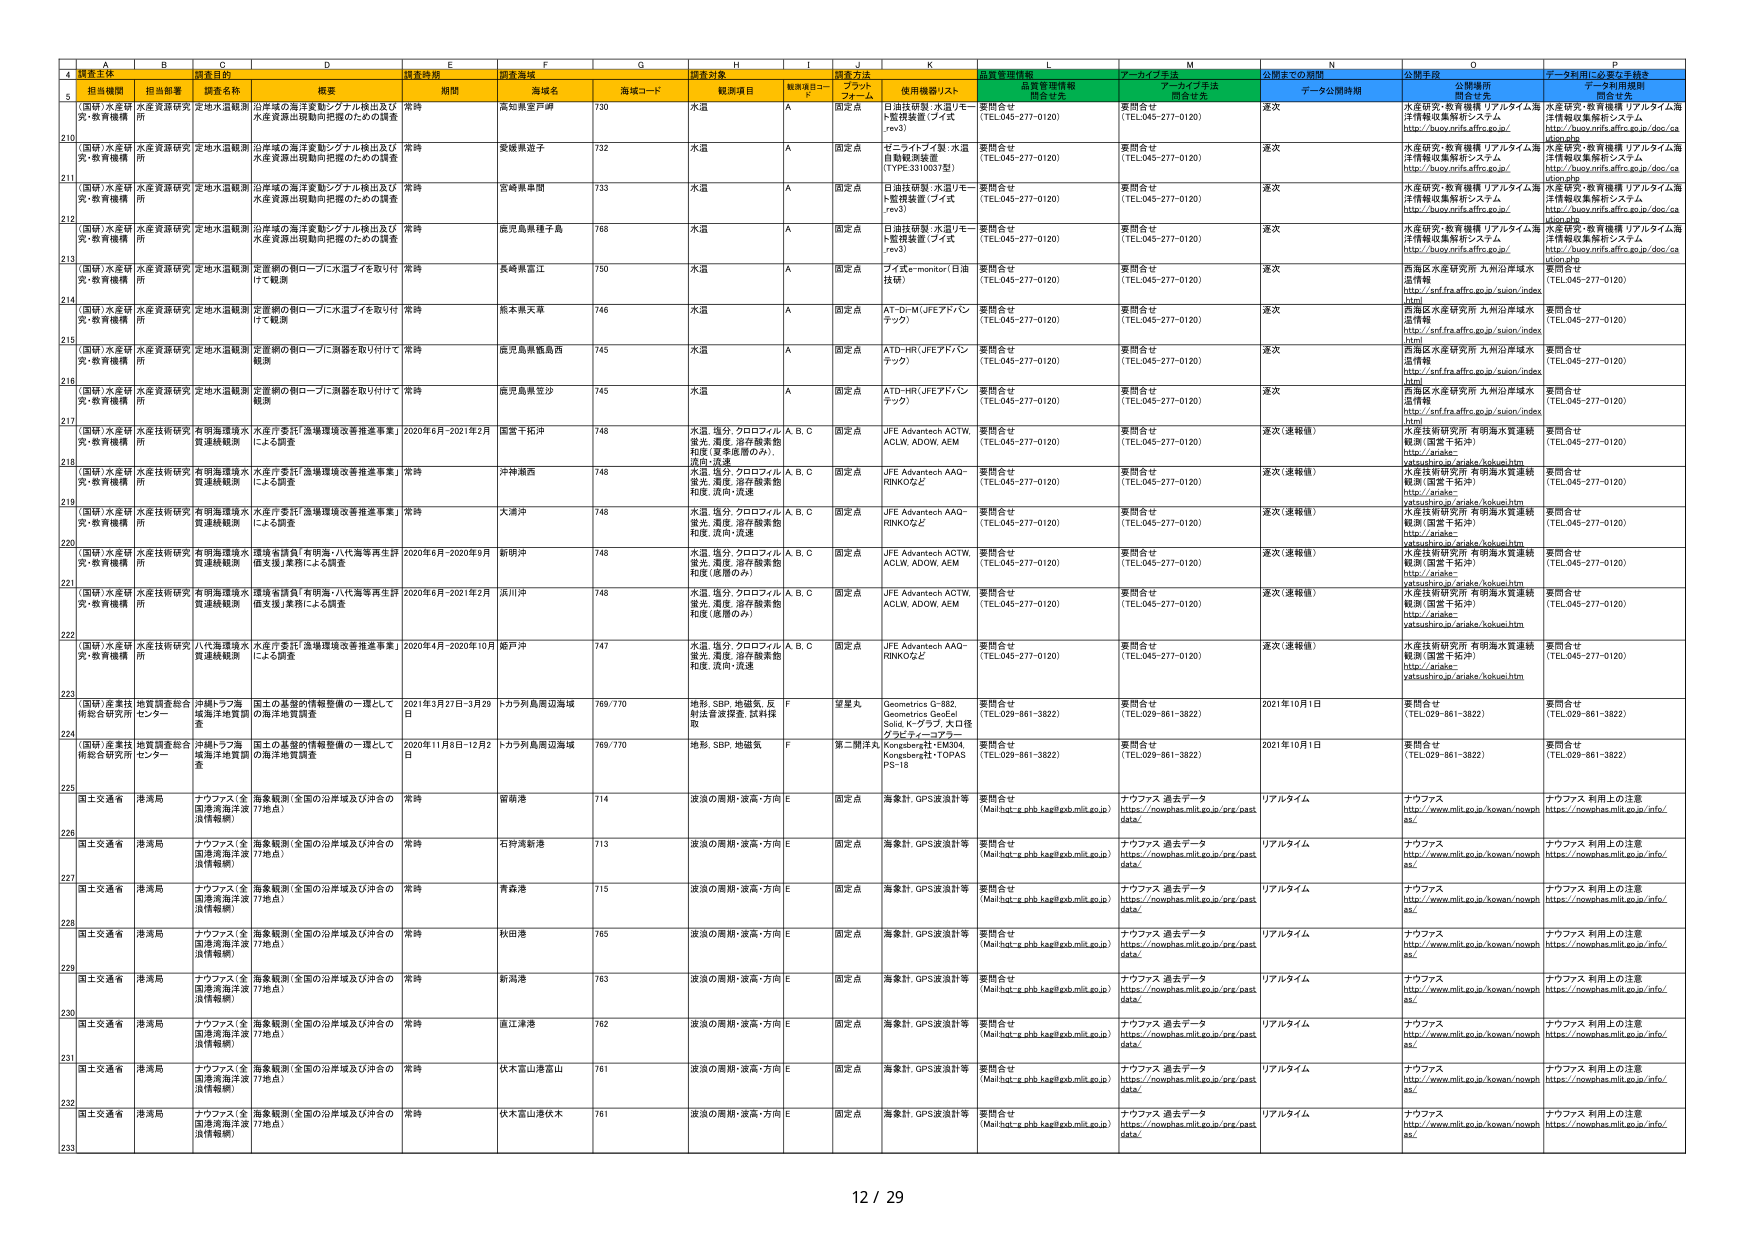
A
B
C
D
E
F
G
H
I
J
K
L
M
N
O
P
4
調査主体
調査目的
調査時期
調査海域
調査対象
調査方法
品質管理情報
アーカイブ手法
公開までの期間
公開手段
データ利用に必要な手続き
5
担当機関
担当部署
調査名称
概要
期間
海域名
海域コード
観測項目
観測項目コード
プラットフォーム
使用機器/リスト
品質管理情報関係者先
アーカイブ手法関係者先
データ公開時期
公開場所
データ利用規程関係者先
210
(国研)水産研
究・教育機構
水産資源研究所
定地水温観測
沿岸域の海洋変動シグナル検出及び水産資源出現動向把握のための調査
常時
高知県室戸岬
730
水温
A
固定点
日進技研製・水温リモート監視装置（ブイ式rev3）
要問合せ（TEL045-277-0120）
要問合せ（TEL045-277-0120）
逐次
水産研究・教育機構リアルタイム海洋情報収集解析システムhttp://buoy.nrfis.affrc.go.jp/
水産研究・教育機構リアルタイム海洋情報収集解析システムhttp://buoy.nrfis.affrc.go.jp/doc/sea tion.php
211
(国研)水産研
究・教育機構
水産資源研究所
定地水温観測
沿岸域の海洋変動シグナル検出及び水産資源出現動向把握のための調査
常時
愛媛県道予
732
水温
A
固定点
ゼーライフリ製・水温自動観測装置（TYPE:3310037型）
要問合せ（TEL045-277-0120）
要問合せ（TEL045-277-0120）
逐次
水産研究・教育機構リアルタイム海洋情報収集解析システムhttp://buoy.nrfis.affrc.go.jp/
水産研究・教育機構リアルタイム海洋情報収集解析システムhttp://buoy.nrfis.affrc.go.jp/doc/sea tion.php
212
(国研)水産研
究・教育機構
水産資源研究所
定地水温観測
沿岸域の海洋変動シグナル検出及び水産資源出現動向把握のための調査
常時
宮崎県串間
733
水温
A
固定点
日進技研製・水温リモート監視装置（ブイ式rev3）
要問合せ（TEL045-277-0120）
要問合せ（TEL045-277-0120）
逐次
水産研究・教育機構リアルタイム海洋情報収集解析システムhttp://buoy.nrfis.affrc.go.jp/
水産研究・教育機構リアルタイム海洋情報収集解析システムhttp://buoy.nrfis.affrc.go.jp/doc/sea tion.php
213
(国研)水産研
究・教育機構
水産資源研究所
定地水温観測
沿岸域の海洋変動シグナル検出及び水産資源出現動向把握のための調査
常時
鹿児島県種子島
768
水温
A
固定点
日進技研製・水温リモート監視装置（ブイ式rev3）
要問合せ（TEL045-277-0120）
要問合せ（TEL045-277-0120）
逐次
水産研究・教育機構リアルタイム海洋情報収集解析システムhttp://buoy.nrfis.affrc.go.jp/
水産研究・教育機構リアルタイム海洋情報収集解析システムhttp://buoy.nrfis.affrc.go.jp/doc/sea tion.php
214
(国研)水産研
究・教育機構
水産資源研究所
定地水温観測
定置網の朝ロープに水温ブイを取り付けて観測
常時
長崎県雲江
750
水温
A
固定点
ブイ式e-monitor（日油技研）
要問合せ（TEL045-277-0120）
要問合せ（TEL045-277-0120）
逐次
西海区水産研究所九州沿岸域水温情報http://snf.fra.affrc.go.jp/suion/index.html
要問合せ（TEL045-277-0120）
215
(国研)水産研
究・教育機構
水産資源研究所
定地水温観測
定置網の朝ロープに水温ブイを取り付けて観測
常時
熊本県天草
746
水温
A
固定点
AT-DI-M(JFEアドバンテック)
要問合せ（TEL045-277-0120）
要問合せ（TEL045-277-0120）
逐次
西海区水産研究所九州沿岸域水温情報http://snf.fra.affrc.go.jp/suion/index.html
要問合せ（TEL045-277-0120）
216
(国研)水産研
究・教育機構
水産資源研究所
定地水温観測
定置網の朝ロープに測器を取り付けて観測
常時
鹿児島県甑島西
745
水温
A
固定点
ATD-HR(JFEアドバンテック)
要問合せ（TEL045-277-0120）
要問合せ（TEL045-277-0120）
逐次
西海区水産研究所九州沿岸域水温情報http://snf.fra.affrc.go.jp/suion/index.html
要問合せ（TEL045-277-0120）
217
(国研)水産研
究・教育機構
水産資源研究所
定地水温観測
定置網の朝ロープに測器を取り付けて観測
常時
鹿児島県鹿児沙
745
水温
A
固定点
ATD-HR(JFEアドバンテック)
要問合せ（TEL045-277-0120）
要問合せ（TEL045-277-0120）
逐次
西海区水産研究所九州沿岸域水温情報http://snf.fra.affrc.go.jp/suion/index.html
要問合せ（TEL045-277-0120）
218
(国研)水産研
究・教育機構
水産技術研究所
有明海環境水質連続観測
水産庁委託「漁場環境改善推進事業」による調査
2020年6月-2021年2月
国富千松沖
748
水温、塩分、クロロフィル蛍光、濁度、溶存酸素飽和度（夏季底層のみ）、流速・流向
A、B、C
固定点
JFE Advantech ACTW、ACLV、ADOW、AEM
要問合せ（TEL045-277-0120）
要問合せ（TEL045-277-0120）
逐次（速報値）
水産技術研究所有明海水質連続観測（国富千松沖）http://ariake-yatsushiro.jp/ariake/kokuei.htm
要問合せ（TEL045-277-0120）
219
(国研)水産研
究・教育機構
水産技術研究所
有明海環境水質連続観測
水産庁委託「漁場環境改善推進事業」による調査
常時
沖津瀬西
748
水温、塩分、クロロフィル蛍光、濁度、溶存酸素飽和度、流向・流速
A、B、C
固定点
JFE Advantech AAO-RINKOなど
要問合せ（TEL045-277-0120）
要問合せ（TEL045-277-0120）
逐次（速報値）
水産技術研究所有明海水質連続観測（国富千松沖）http://ariake-yatsushiro.jp/ariake/kokuei.htm
要問合せ（TEL045-277-0120）
220
(国研)水産研
究・教育機構
水産技術研究所
有明海環境水質連続観測
水産庁委託「漁場環境改善推進事業」による調査
常時
大浦沖
748
水温、塩分、クロロフィル蛍光、濁度、溶存酸素飽和度、流向・流速
A、B、C
固定点
JFE Advantech AAO-RINKOなど
要問合せ（TEL045-277-0120）
要問合せ（TEL045-277-0120）
逐次（速報値）
水産技術研究所有明海水質連続観測（国富千松沖）http://ariake-yatsushiro.jp/ariake/kokuei.htm
要問合せ（TEL045-277-0120）
221
(国研)水産研
究・教育機構
水産技術研究所
有明海環境水質連続観測
環境省負担「有明海・八代海等再生評価支援」業務による調査
2020年6月-2020年9月
新明沖
748
水温、塩分、クロロフィル蛍光、濁度、溶存酸素飽和度（底層のみ）
A、B、C
固定点
JFE Advantech ACTW、ACLV、ADOW、AEM
要問合せ（TEL045-277-0120）
要問合せ（TEL045-277-0120）
逐次（速報値）
水産技術研究所有明海水質連続観測（国富千松沖）http://ariake-yatsushiro.jp/ariake/kokuei.htm
要問合せ（TEL045-277-0120）
222
(国研)水産研
究・教育機構
水産技術研究所
有明海環境水質連続観測
環境省負担「有明海・八代海等再生評価支援」業務による調査
2020年6月-2021年2月
渕川沖
748
水温、塩分、クロロフィル蛍光、濁度、溶存酸素飽和度（底層のみ）
A、B、C
固定点
JFE Advantech ACTW、ACLV、ADOW、AEM
要問合せ（TEL045-277-0120）
要問合せ（TEL045-277-0120）
逐次（速報値）
水産技術研究所有明海水質連続観測（国富千松沖）http://ariake-yatsushiro.jp/ariake/kokuei.htm
要問合せ（TEL045-277-0120）
223
(国研)水産研
究・教育機構
水産技術研究所
八代海環境水質連続観測
水産庁委託「漁場環境改善推進事業」による調査
2020年4月-2020年10月
姫戸沖
747
水温、塩分、クロロフィル蛍光、濁度、溶存酸素飽和度、流向・流速
A、B、C
固定点
JFE Advantech AAO-RINKOなど
要問合せ（TEL045-277-0120）
要問合せ（TEL045-277-0120）
逐次（速報値）
水産技術研究所有明海水質連続観測（国富千松沖）http://ariake-yatsushiro.jp/ariake/kokuei.htm
要問合せ（TEL045-277-0120）
224
(国研)産業技
術総合研究所
地質調査総合センター
沖縄トラフ海
域海洋地質調査
国土の基盤的情報整備の一環として海洋地質調査
2021年3月27日-3月29日
トラフ列島周辺海域
769/770
地形、SBP、地磁気、反射法音波探査、試料採取
F
望星丸
Geometrics G-882、Geometrics Geo-Ec Solid、K-グラフ、大口径クランプ・コアラー
要問合せ（TEL029-861-3822）
要問合せ（TEL029-861-3822）
2021年10月1日
要問合せ（TEL029-861-3822）
要問合せ（TEL029-861-3822）
225
(国研)産業技
術総合研究所
地質調査総合センター
沖縄トラフ海
域海洋地質調査
国土の基盤的情報整備の一環として海洋地質調査
2020年11月8日-12月2日
トラフ列島周辺海域
769/770
地形、SBP、地磁気
F
第二開洋丸
Kongsberg社EM304、Kongsberg社-TOPAS PS-18
要問合せ（TEL029-861-3822）
要問合せ（TEL029-861-3822）
2021年10月1日
要問合せ（TEL029-861-3822）
要問合せ（TEL029-861-3822）
226
国土交通省
港湾局
ナウファス（全国港湾海洋波浪情報網）
海象観測（全国の沿岸域及び沖合の17地点）
常時
曽崎港
714
波浪の周期・波高・方向
E
固定点
海象計、GPS波浪計等
要問合せ（Mail:hot-e.phb.kagf@gob.mlit.go.jp）
ナウファス過去データhttps://nowphas.mlit.go.jp/pra/pastdata/
リアルタイム
ナウファスhttp://www.mlit.go.jp/kowan/nowphas/
ナウファス利用上の注意https://nowphas.mlit.go.jp/info/
227
国土交通省
港湾局
ナウファス（全国港湾海洋波浪情報網）
海象観測（全国の沿岸域及び沖合の17地点）
常時
石狩湾新港
713
波浪の周期・波高・方向
E
固定点
海象計、GPS波浪計等
要問合せ（Mail:hot-e.phb.kagf@gob.mlit.go.jp）
ナウファス過去データhttps://nowphas.mlit.go.jp/pra/pastdata/
リアルタイム
ナウファスhttp://www.mlit.go.jp/kowan/nowphas/
ナウファス利用上の注意https://nowphas.mlit.go.jp/info/
228
国土交通省
港湾局
ナウファス（全国港湾海洋波浪情報網）
海象観測（全国の沿岸域及び沖合の17地点）
常時
青森港
715
波浪の周期・波高・方向
E
固定点
海象計、GPS波浪計等
要問合せ（Mail:hot-e.phb.kagf@gob.mlit.go.jp）
ナウファス過去データhttps://nowphas.mlit.go.jp/pra/pastdata/
リアルタイム
ナウファスhttp://www.mlit.go.jp/kowan/nowphas/
ナウファス利用上の注意https://nowphas.mlit.go.jp/info/
229
国土交通省
港湾局
ナウファス（全国港湾海洋波浪情報網）
海象観測（全国の沿岸域及び沖合の17地点）
常時
秋田港
765
波浪の周期・波高・方向
E
固定点
海象計、GPS波浪計等
要問合せ（Mail:hot-e.phb.kagf@gob.mlit.go.jp）
ナウファス過去データhttps://nowphas.mlit.go.jp/pra/pastdata/
リアルタイム
ナウファスhttp://www.mlit.go.jp/kowan/nowphas/
ナウファス利用上の注意https://nowphas.mlit.go.jp/info/
230
国土交通省
港湾局
ナウファス（全国港湾海洋波浪情報網）
海象観測（全国の沿岸域及び沖合の17地点）
常時
新潟港
763
波浪の周期・波高・方向
E
固定点
海象計、GPS波浪計等
要問合せ（Mail:hot-e.phb.kagf@gob.mlit.go.jp）
ナウファス過去データhttps://nowphas.mlit.go.jp/pra/pastdata/
リアルタイム
ナウファスhttp://www.mlit.go.jp/kowan/nowphas/
ナウファス利用上の注意https://nowphas.mlit.go.jp/info/
231
国土交通省
港湾局
ナウファス（全国港湾海洋波浪情報網）
海象観測（全国の沿岸域及び沖合の17地点）
常時
直江津港
762
波浪の周期・波高・方向
E
固定点
海象計、GPS波浪計等
要問合せ（Mail:hot-e.phb.kagf@gob.mlit.go.jp）
ナウファス過去データhttps://nowphas.mlit.go.jp/pra/pastdata/
リアルタイム
ナウファスhttp://www.mlit.go.jp/kowan/nowphas/
ナウファス利用上の注意https://nowphas.mlit.go.jp/info/
232
国土交通省
港湾局
ナウファス（全国港湾海洋波浪情報網）
海象観測（全国の沿岸域及び沖合の17地点）
常時
伏木富山港富山
761
波浪の周期・波高・方向
E
固定点
海象計、GPS波浪計等
要問合せ（Mail:hot-e.phb.kagf@gob.mlit.go.jp）
ナウファス過去データhttps://nowphas.mlit.go.jp/pra/pastdata/
リアルタイム
ナウファスhttp://www.mlit.go.jp/kowan/nowphas/
ナウファス利用上の注意https://nowphas.mlit.go.jp/info/
233
国土交通省
港湾局
ナウファス（全国港湾海洋波浪情報網）
海象観測（全国の沿岸域及び沖合の17地点）
常時
伏木富山港伏木
761
波浪の周期・波高・方向
E
固定点
海象計、GPS波浪計等
要問合せ（Mail:hot-e.phb.kagf@gob.mlit.go.jp）
ナウファス過去データhttps://nowphas.mlit.go.jp/pra/pastdata/
リアルタイム
ナウファスhttp://www.mlit.go.jp/kowan/nowphas/
ナウファス利用上の注意https://nowphas.mlit.go.jp/info/
12 / 29